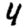
Digit: 4